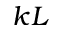
k L